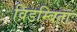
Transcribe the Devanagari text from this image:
विडम्बिताः